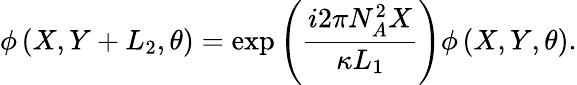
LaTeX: \phi\left(X,Y+L_{2},\theta\right)=\exp\left(\frac{i2\pi N_{A}^{2}X}{\kappa L_{1}}\right)\phi\left(X,Y,\theta\right).